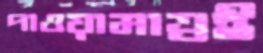
পাওয়ামাত্রই